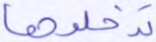
تدخلوها